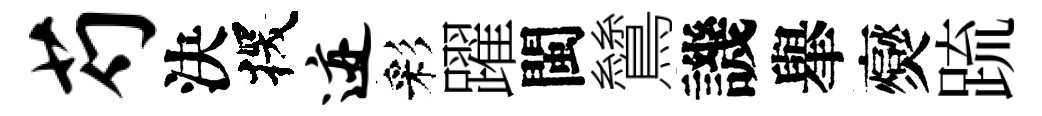
芍決探迹彩躍閩鷥譏𦦙爕䟽